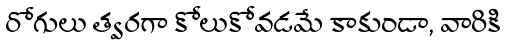
రోగులు త్వరగా కోలుకోవడమే కాకుండా, వారికి